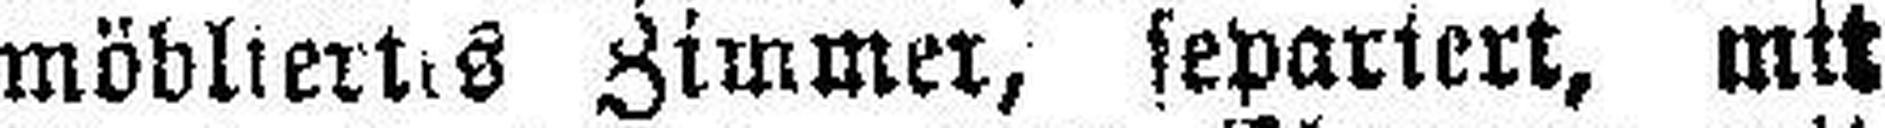
möbliertes Zimmer, separiert, mit